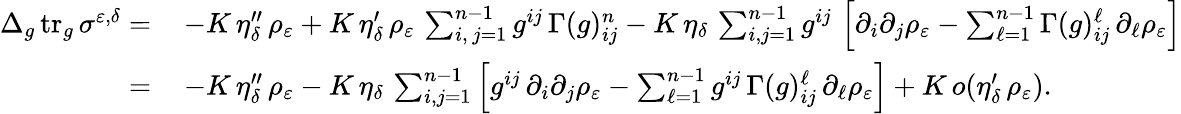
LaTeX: \begin{array}{rl}{\Delta_{g}\operatorname{tr}_{g}\sigma^{\varepsilon,\delta}=\, }&{-K\, \eta_{\delta}^{\prime\prime}\, \rho_{\varepsilon}+K\, \eta_{\delta}^{\prime}\, \rho_{\varepsilon}\, \sum_{i,\, j=1}^{n-1}g^{ij}\, \Gamma(g)_{ij}^{n}-K\, \eta_{\delta}\, \sum_{i,j=1}^{n-1}g^{ij}\, \left[\partial_{i}\partial_{j}\rho_{\varepsilon}-\sum_{\ell=1}^{n-1}\Gamma(g)_{ij}^{\ell}\, \partial_{\ell}\rho_{\varepsilon}\right]}\\ {=\, }&{-K\, \eta_{\delta}^{\prime\prime}\, \rho_{\varepsilon}-K\, \eta_{\delta}\, \sum_{i,j=1}^{n-1}\left[g^{ij}\, \partial_{i}\partial_{j}\rho_{\varepsilon}-\sum_{\ell=1}^{n-1}g^{ij}\, \Gamma(g)_{ij}^{\ell}\, \partial_{\ell}\rho_{\varepsilon}\right]+K\, o(\eta_{\delta}^{\prime}\, \rho_{\varepsilon}).}\end{array}